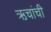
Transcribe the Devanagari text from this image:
ऋचांची